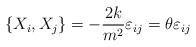
LaTeX: \begin{align*}\left\{ X_i , X_j \right\} = - \frac{2k}{m^2} \varepsilon_{ij} = \theta\varepsilon_{ij}\end{align*}